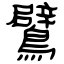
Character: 鷿